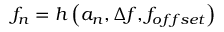
f _ { n } = h \left( \boldsymbol { a _ { n } } , \Delta f , f _ { o f f s e t } \right)